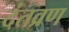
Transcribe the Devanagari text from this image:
दंतव्रण